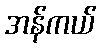
အန်ကယ်